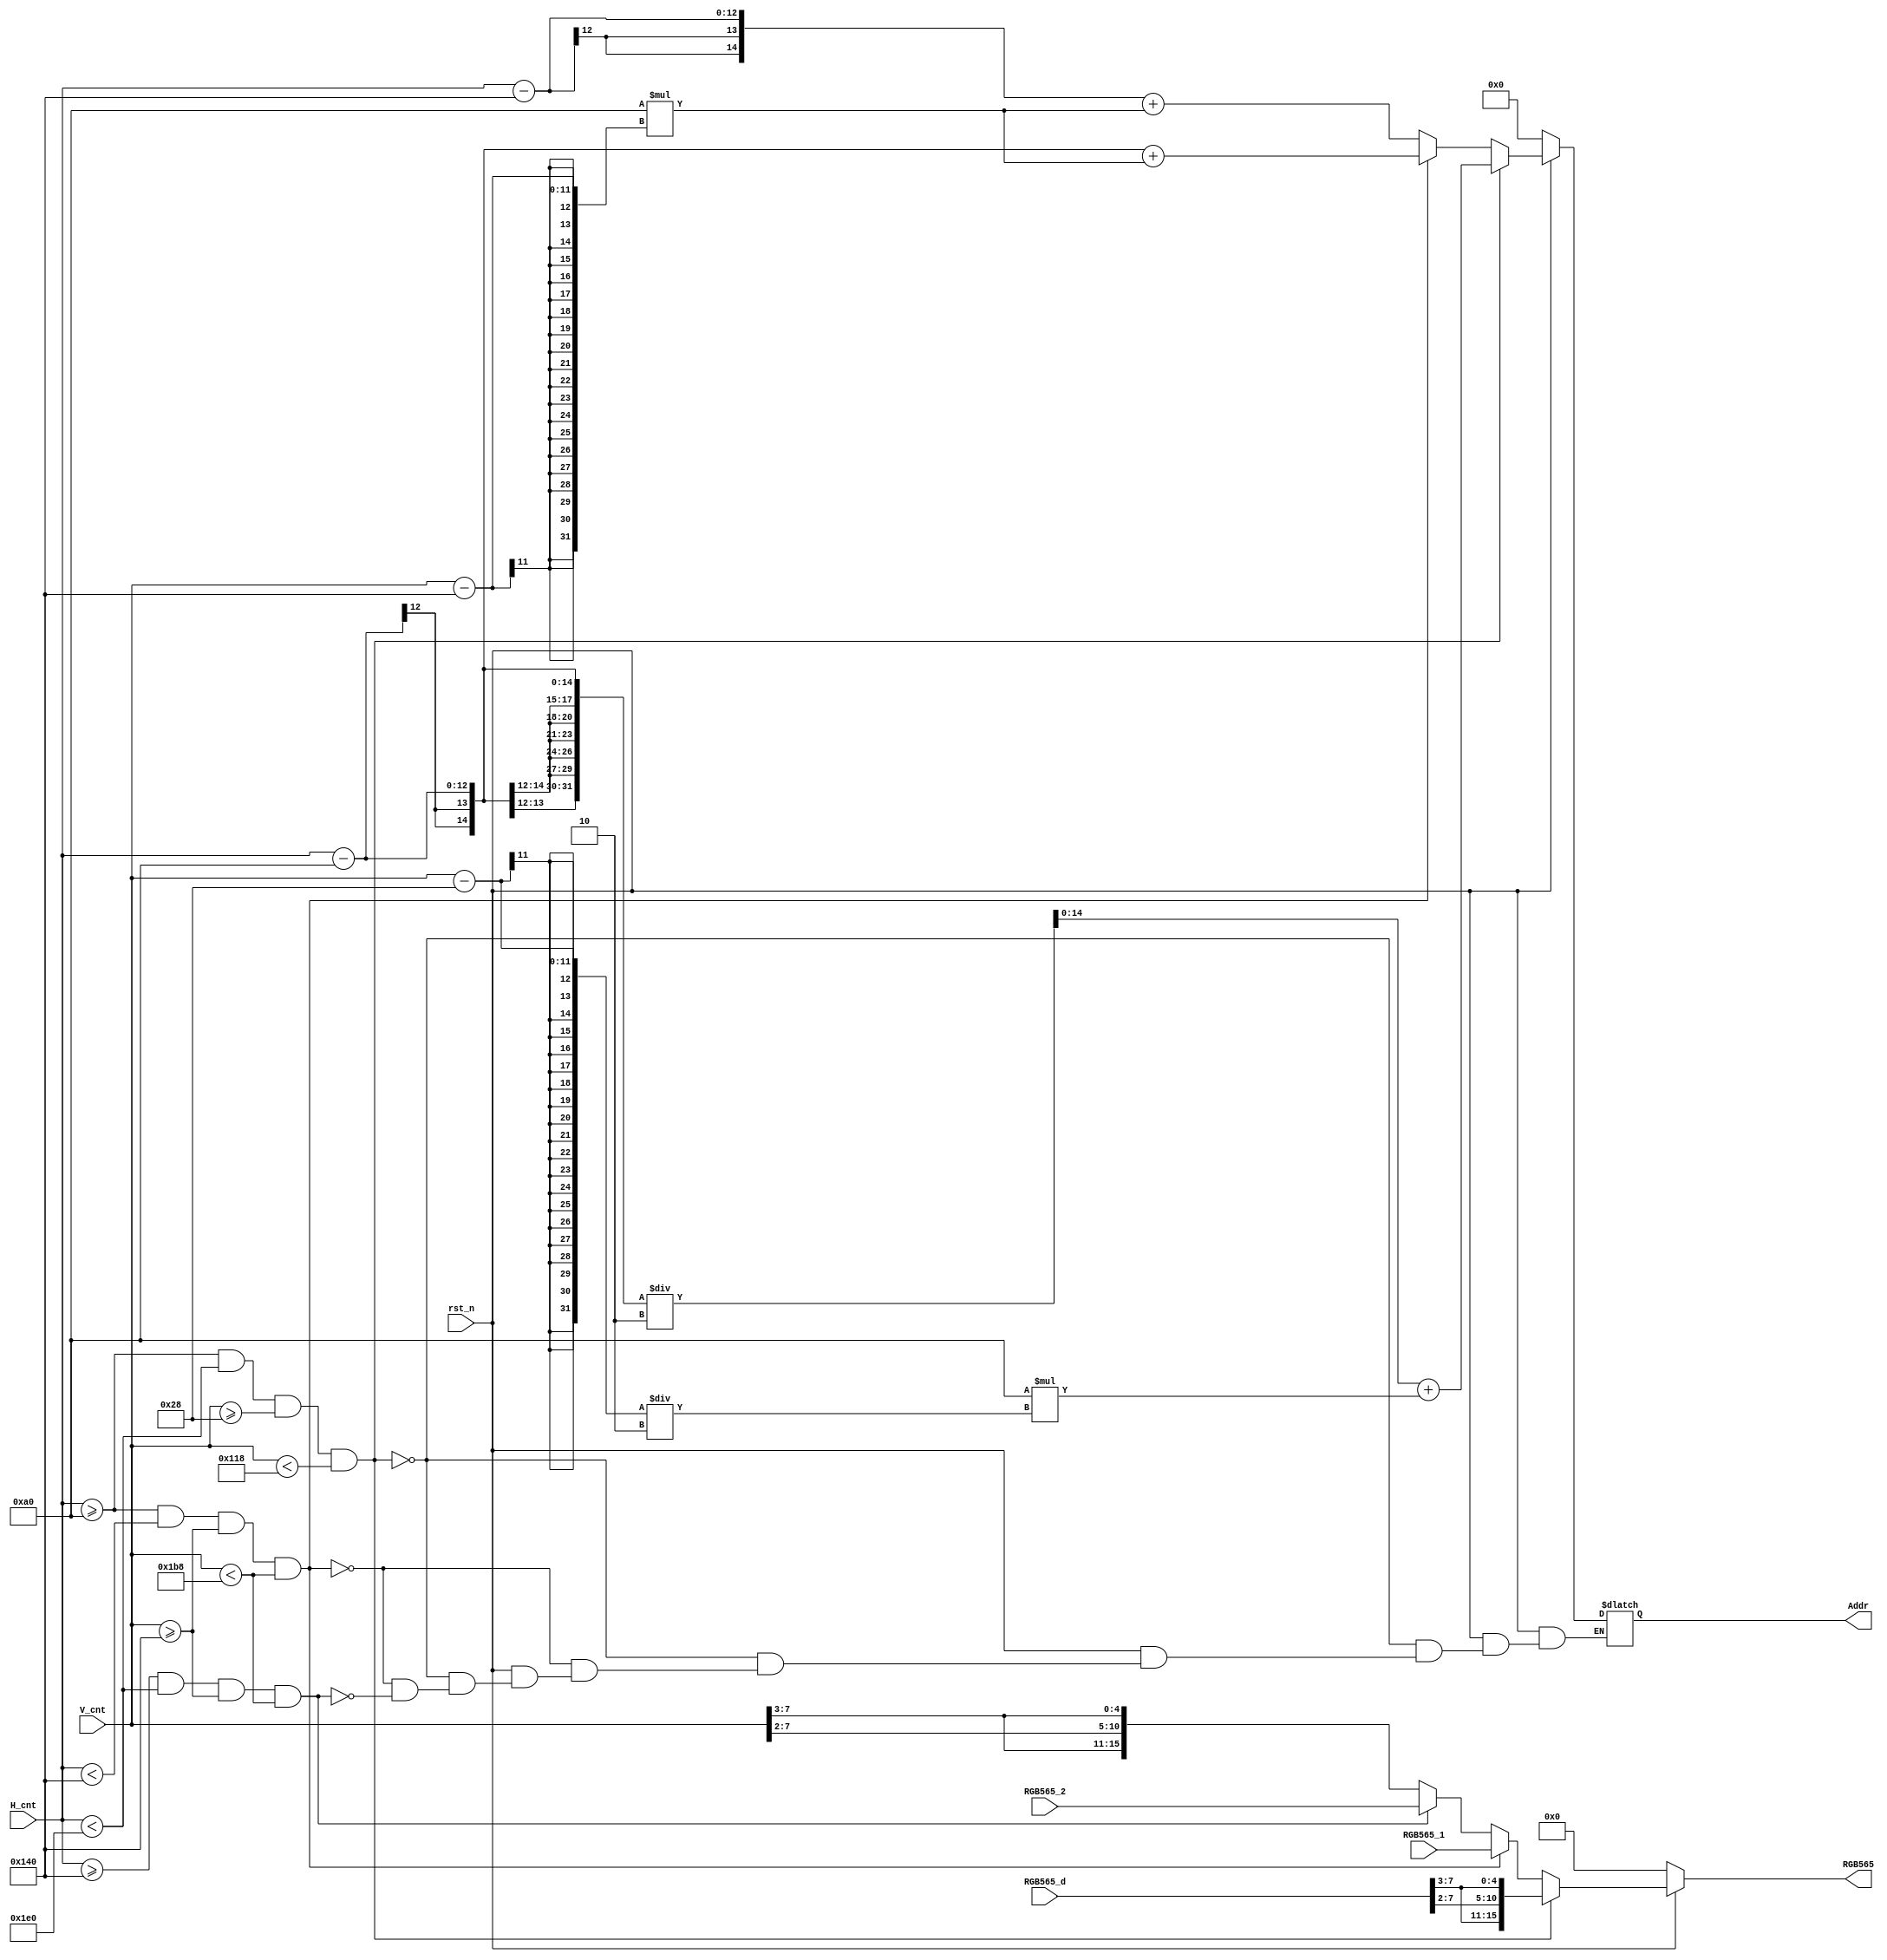
module VGA_out_choose(
				input rst_n,
				input [15:0] RGB565_1,
				input [15:0] RGB565_2,
				input [7:0] RGB565_d,
				input [11:0] H_cnt,
				input [10:0] V_cnt,
				output reg [15:0] RGB565,
				output reg [14:0] Addr
				);
	
always@(*)
if(!rst_n)
	RGB565<=0;
else if(H_cnt>=160 && H_cnt<480 && V_cnt>=40 && V_cnt<280)
	RGB565 = {RGB565_d[7:3],RGB565_d[7:2],RGB565_d[7:3]};
else if(H_cnt>=160 && H_cnt<320 && V_cnt>=320 && V_cnt<440)
	RGB565 = RGB565_1;
else if(H_cnt>=320 && H_cnt<480 && V_cnt>=320 && V_cnt<440)
	RGB565 = RGB565_2;
else
	RGB565 = {V_cnt[7:3],V_cnt[7:2],V_cnt[7:3]};
	
always@(*)
if(!rst_n)
	Addr = 0;
else if(H_cnt>=160 && H_cnt<480 && V_cnt>=40 && V_cnt<280)
	Addr = ((H_cnt-160)/2)+160*((V_cnt-40)/2);
else if(H_cnt>=160 && H_cnt<320 && V_cnt>=320 && V_cnt<440)
	Addr = ((H_cnt-160))+160*((V_cnt-320));
else if(H_cnt>=320 && H_cnt<480 && V_cnt>=320 && V_cnt<440)
	Addr = ((H_cnt-320))+160*((V_cnt-320));
else
	Addr = Addr;

endmodule